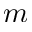
m